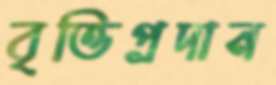
বৃত্তিপ্রদান